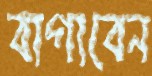
বাগাবেন